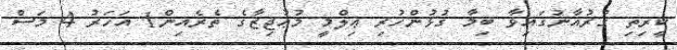
ކީރިތި ޤުރުއާނުގައިވާ ބިމާ ގުޅުންހުރި ޢިލްމީ މުޢުޖިޒާގެ ތެރެއިން1 އަހަރު 4 މަސް